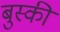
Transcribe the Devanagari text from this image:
बुस्की